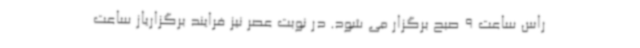
راس ساعت 9 صبح برگزار می شود. در نوبت عصر نیز فرایند برگزاریاز ساعت